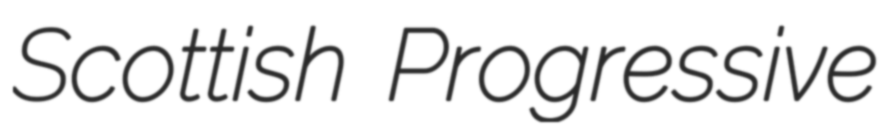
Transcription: Scottish Progressive